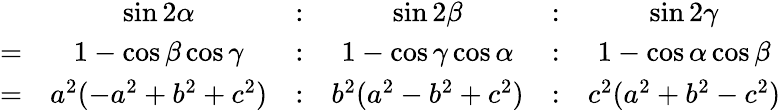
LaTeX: {\begin{array}{rccccc}&{\sin 2\alpha}&{:}&{\sin 2\beta}&{:}&{\sin 2\gamma}\\ {=}&{1-\cos\beta\cos\gamma}&{:}&{1-\cos\gamma\cos\alpha}&{:}&{1-\cos\alpha\cos\beta}\\ {=}&{a^{2}(-a^{2}+b^{2}+c^{2})}&{:}&{b^{2}(a^{2}-b^{2}+c^{2})}&{:}&{c^{2}(a^{2}+b^{2}-c^{2})}\end{array}}